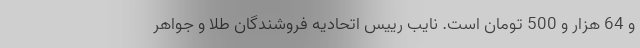
و 64 هزار و 500 تومان است. نایب رییس اتحادیه فروشندگان طلا و جواهر